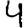
Digit: 4